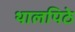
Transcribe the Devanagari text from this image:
थालपिठे